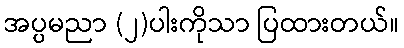
အပ္ပမညာ (၂)ပါးကိုသာ ပြထားတယ်။